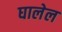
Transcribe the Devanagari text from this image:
घालेल